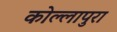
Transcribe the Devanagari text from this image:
कोल्लापुरा